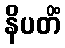
နိပတိံ